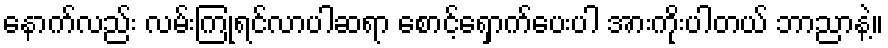
နောက်လည်း လမ်းကြုံရင်လာပါဆရာ စောင့်ရှောက်ပေးပါ အားကိုးပါတယ် ဘာညာနဲ့။